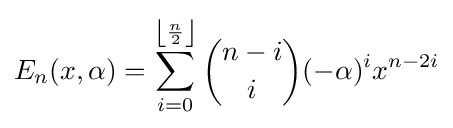
E_{n}(x,\alpha )=\sum _{i=0}^{\left\lfloor {\frac {n}{2}}\right\rfloor }{\binom {n-i}{i}}(-\alpha )^{i}x^{n-2i}